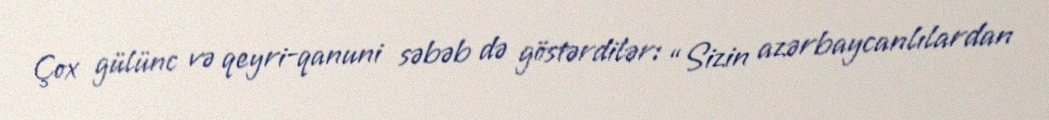
Çox gülünc və qeyri-qanuni səbəb də göstərdilər: “Sizin azərbaycanlılardan